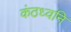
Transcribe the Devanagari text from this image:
कंठध्वनि